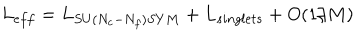
L _ { e f f } = L _ { S U ( N _ { c } - N _ { f } ) S Y M } + L _ { s i n g l e t s } + O ( 1 / M )